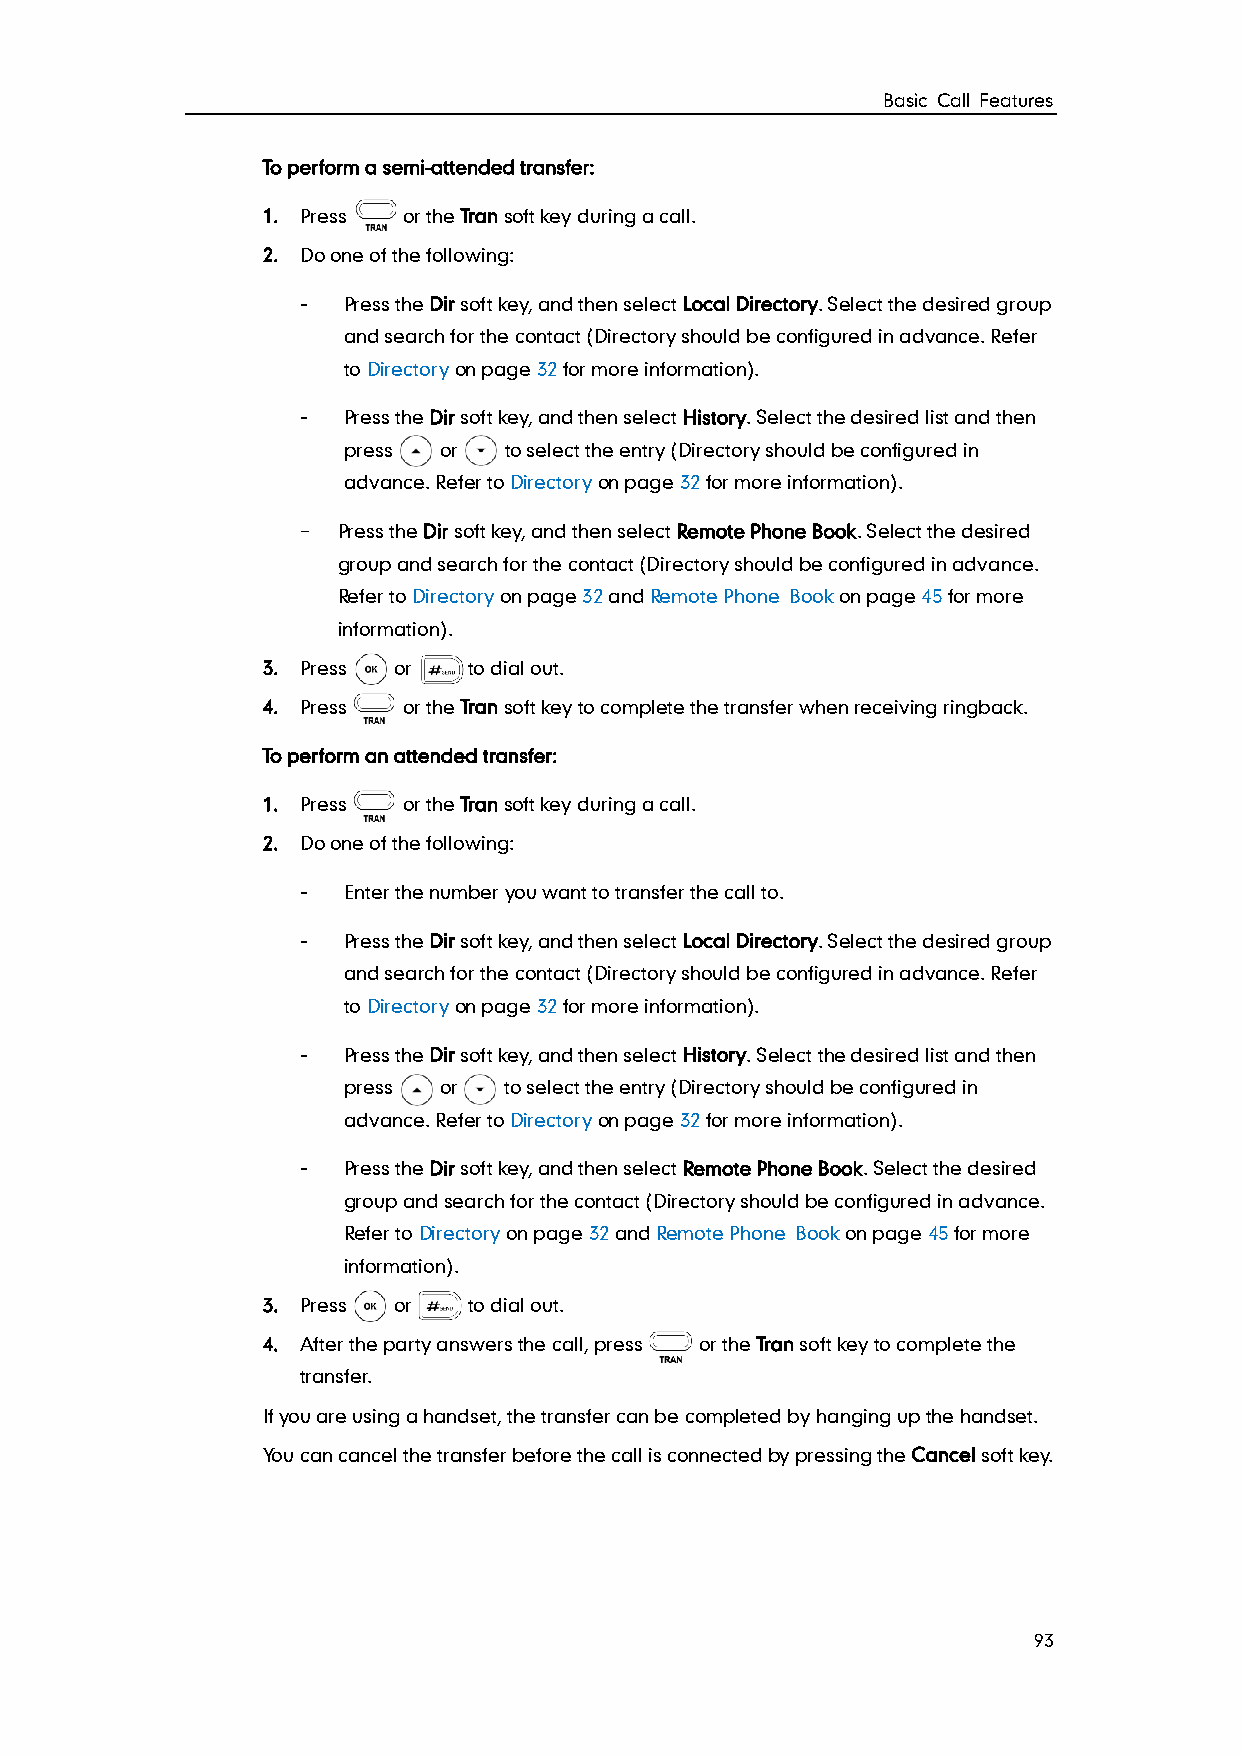
Basic Call Features
 To perform a semi-attended transfer:
 1. Press  or the Tran soft key during a call.
 2. Do one of the following:
 -  Press the Dir soft key, and then select Local Directory. Select the desired group
 and search for the contact (Directory should be configured in advance. Refer
 to Directory on page 32 for more information).
 -  Press the Dir soft key, and then select History. Select the desired list and then
 press or  to select the entry (Directory should be configured in
 advance. Refer to Directory on page 32 for more information).
 - Press the Dir soft key, and then select Remote Phone Book. Select the desired
 group and search for the contact (Directory should be configured in advance.
 Refer to Directory on page 32 and Remote Phone Book on page 45 for more
 information).
 3. Press or   to dial out.
 4. Press  or the Tran soft key to complete the transfer when receiving ringback.
 To perform an attended transfer:
 1. Press  or the Tran soft key during a call.
 2. Do one of the following:
 -  Enter the number you want to transfer the call to.
 -  Press the Dir soft key, and then select Local Directory. Select the desired group
 and search for the contact (Directory should be configured in advance. Refer
 to Directory on page 32 for more information).
 -  Press the Dir soft key, and then select History. Select the desired list and then
 press or  to select the entry (Directory should be configured in
 advance. Refer to Directory on page 32 for more information).
 -  Press the Dir soft key, and then select Remote Phone Book. Select the desired
 group and search for the contact (Directory should be configured in advance.
 Refer to Directory on page 32 and Remote Phone Book on page 45 for more
 information).
 3. Press or   to dial out.
 4. After the party answers the call, press or the Tran soft key to complete the
 transfer.
 If you are using a handset, the transfer can be completed by hanging up the handset.
 You can cancel the transfer before the call is connected by pressing the Cancel soft key.
 93